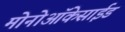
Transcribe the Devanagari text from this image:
मोनोऑकेसाईड